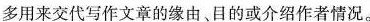
多用来交代写作文章的缘由、目的或介绍作者情况。